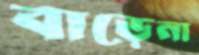
বাড়েনা